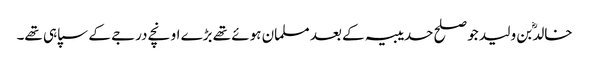
خالدؓ بن ولید جو صلح حدیبیہ کے بعد مسلمان ہوئے تھے بڑے اونچے درجے کے سپاہی تھے۔